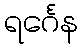
ရင်္ဂေန